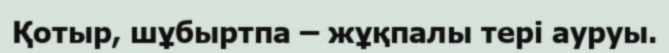
Қотыр, шұбыртпа – жұқпалы тері ауруы.